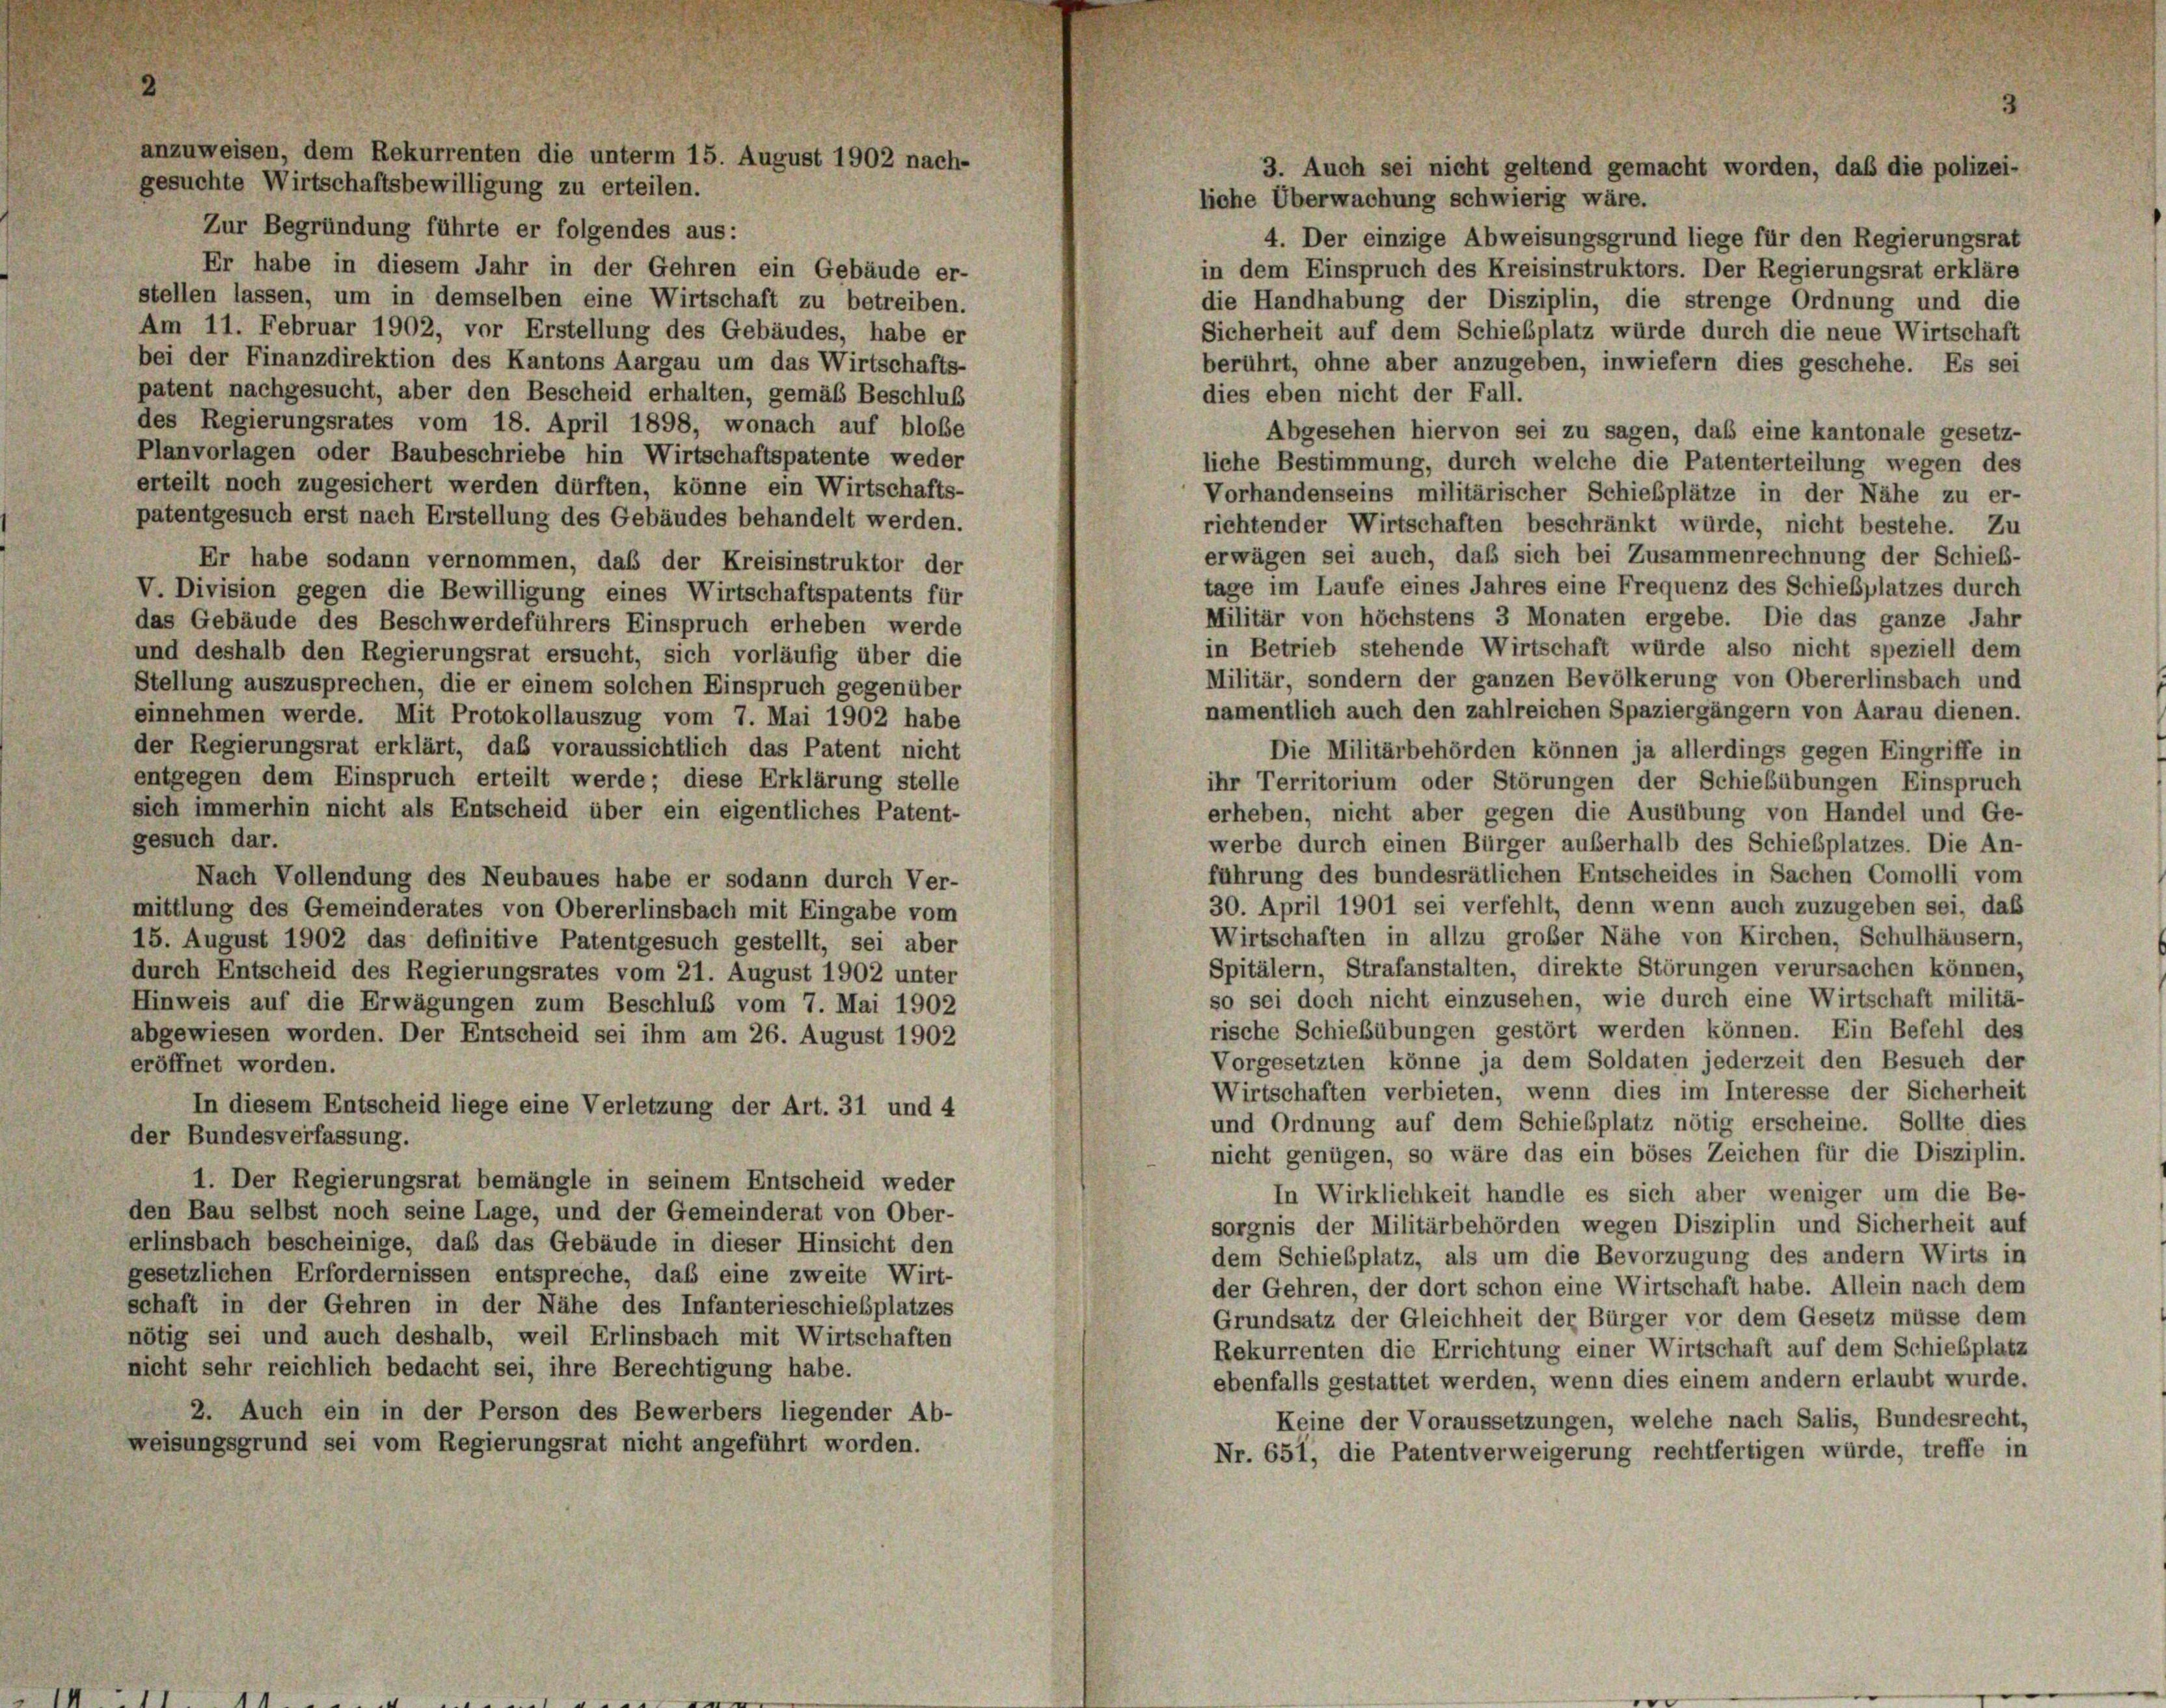
liche Überwachung schwierig wäre.
Zur Begründung führte er folgendes aus:
4. Der einzige Abweisungsgrund liege für den Regierungsrat
Er habe in diesem Jahr in der Gehren ein Gebäude er-
in dem Einspruch des Kreisinstruktors. Der Regierungsrat erkläre
stellen lassen, um in demselben eine Wirtschaft zu betreiben.
die Handhabung der Disziplin, die strenge Ordnung und die
Am 11. Februar 1902, vor Erstellung des Gebäudes, habe er
Sicherheit auf dem Schiebplatz würde durch die neue Wirtschaft
bei der Finanzdirektion des Kantons Aargau um das Wirtschafts-
berührt, ohne aber anzugeben, inwiefern dies geschehe. Es sei
patent nachgesucht, aber den Bescheid erhalten, gemäß Beschluß
dies eben nicht der Fall.
des Regierungsrates vom 18. April 1898, wonach auf bloße
Abgesehen hiervon sei zu sagen, daß eine kantonale gesetz-
Planvorlagen oder Baubeschriebe hin Wirtschaftspatente weder
liche Bestimmung, durch welche die Patenterteilung wegen des
erteilt noch zugesichert werden dürften, könne ein Wirtschafts-
Vorhandenseins militärischer Schiebplätze in der Nähe zu er-
patentgesuch erst nach Erstellung des Gebäudes behandelt werden.
richtender Wirtschaften beschränkt würde, nicht bestehe. Zu
erwägen sei auch, daß sich bei Zusammenrechnung der Schieb-
Er habe sodann vernommen, daß der Kreisinstruktor der
tage im Laufe eines Jahres eine Frequenz des Schießplatzes durch
V. Division gegen die Bewilligung eines Wirtschaftspatents für
Militär von höchstens 3 Monaten ergebe. Die das ganze Jahr
das Gebäude des Beschwerdeführers Einspruch erheben werde
in Betrieb stehende Wirtschaft würde also nicht speziell dem
und deshalb den Regierungsrat ersucht, sich vorläufig über die
Militär, sondern der ganzen Bevölkerung von Obererlinsbach und
Stellung auszusprechen, die er einem solchen Einspruch gegenüber
namentlich auch den zahlreichen Spaziergängern von Aarau dienen.
einnehmen werde. Mit Protokollauszug vom 7. Mai 1902 habe
der Regierungsrat erklärt, daß voraussichtlich das Patent nicht
Die Militärbehörden können ja allerdings gegen Eingriffe in
entgegen dem Einspruch erteilt werde; diese Erklärung stelle
ihr Territorium oder Störungen der Schießübungen Einspruch
sich immerhin nicht als Entscheid über ein eigentliches Patent-
erheben, nicht aber gegen die Ausübung von Handel und Ge-
gesuch dar.
werbe durch einen Bürger außerhalb des Schiebplatzes. Die An-
führung des bundesrätlichen Entscheides in Sachen Comolli vom
Nach Vollendung des Neubaues habe er sodann durch Ver-
30. April 1901 sei verfehlt, denn wenn auch zuzugeben sei, daß
mittlung des Gemeinderates von Obererlinsbach mit Eingabe vom
Wirtschaften in allzu großer Nähe von Kirchen, Schulhäusern,
15. August 1902 das definitive Patentgesuch gestellt, sei aber
Spitälern, Strafanstalten, direkte Störungen verursachen können,
durch Entscheid des Regierungsrates vom 21. August 1902 unter
so sei doch nicht einzusehen, wie durch eine Wirtschaft militä-
Hinweis auf die Erwägungen zum Beschluß vom 7. Mai 1902
rische Schießübungen gestört werden können. Ein Befehl des
abgewiesen worden. Der Entscheid sei ihm am 26. August 1902
Vorgesetzten könne ja dem Soldaten jederzeit den Besuch der
eröffnet worden.
Wirtschaften verbieten, wenn dies im Interesse der Sicherheit
In diesem Entscheid liege eine Verletzung der Art. 31 und 4
und Ordnung auf dem Schiebplatz nötig erscheine. Sollte dies
der Bundesverfassung.
nicht genügen, so wäre das ein böses Zeichen für die Disziplin,
1. Der Regierungsrat bemängle in seinem Entscheid weder
In Wirklichkeit handle es sich aber weniger um die Be-
den Bau selbst noch seine Lage, und der Gemeinderat von Ober-
sorgnis der Militärbehörden wegen Disziplin und Sicherheit auf
erlinsbach bescheinige, daß das Gebäude in dieser Hinsicht den
dem Schiebplatz, als um die Bevorzugung des andern Wirts in
gesetzlichen Erfordernissen entspreche, daß eine zweite Wirt-
der Gehren, der dort schon eine Wirtschaft habe. Allein nach dem
schaft in der Gehren in der Nähe des Infanterieschießplatzes
Grundsatz der Gleichheit der Bürger vor dem Gesetz müsse dem
nötig sei und auch deshalb, weil Erlinsbach mit Wirtschaften
Rekurrenten die Errichtung einer Wirtschaft auf dem Schießplatz
nicht sehr reichlich bedacht sei, ihre Berechtigung habe.
ebenfalls gestattet werden, wenn dies einem andern erlaubt wurde.
2. Auch ein in der Person des Bewerbers liegender Ab-
Keine der Voraussetzungen, welche nach Salis, Bundesrecht,
weisungsgrund sei vom Regierungsrat nicht angeführt worden.
Nr. 651, die Patentverweigerung rechtfertigen würde, treffe in

anzuweisen, dem Rekurrenten die unterm 15. August 1902 nach-
gesuchte Wirtschaftsbewilligung zu erteilen.

3. Auch sei nicht geltend gemacht worden, daß die polizei-